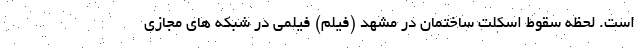
است. لحظه سقوط اسکلت ساختمان در مشهد (فیلم) فیلمی در شبکه های مجازی